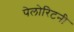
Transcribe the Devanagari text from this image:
पेलोरिटनी